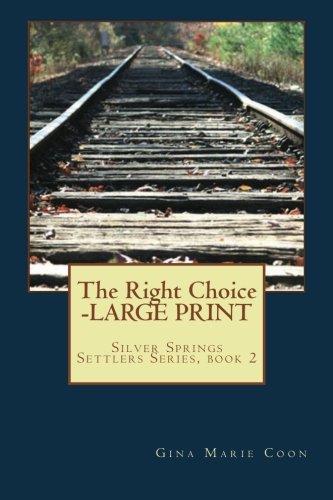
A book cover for The Right Choice - LARGE PRINT: Silver Springs Settlers Series, book 2; Mrs. Gina Marie Coon; Christian Books & Bibles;